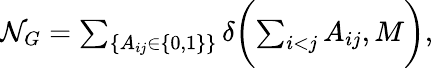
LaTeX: \begin{array}{r}{\mathcal{N}_{G}=\sum_{\{ A_{ij}\in\{ 0,1\} \} }\delta\biggl(\sum_{i<j}A_{ij},M\biggr),}\end{array}